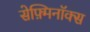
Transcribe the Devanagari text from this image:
सेफ़्मिनॉक्स